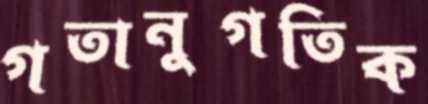
গতানুগতিক